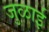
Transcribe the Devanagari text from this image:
जुळाई